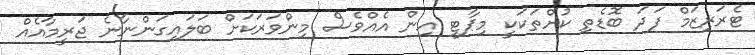
ޓެރަރިޒަމް ފަދަ ބޮޑެތި ކުށްތަކަކީ މިޕާޓީ އިން އެއްވެސް މިންވަރަކަށް ބަލައިގަންނާނެ ޖަރީމާއެއް